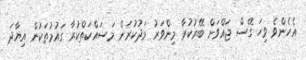
އެހެންވެ ވިހަ ގޭސް ޖައްވަށް ބޭރުކުރާ މިންވަރު މަދުކުރަން މަސައްކަތްކުރާ ގައުމުތަކުން އިޔާދަ